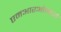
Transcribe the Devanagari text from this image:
एमआरओमध्ये